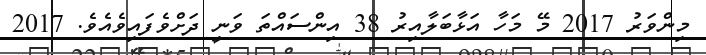
މިންވަރު 2017 މޭ މަހާ އަޅާބަލާއިރު 38 އިންސައްތަ ވަނީ ދަށްވެފައިވެއެވެ. 2017